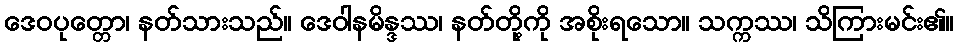
ဒေဝပုတ္တော၊ နတ်သားသည်။ ဒေဝါနမိန္ဒဿ၊ နတ်တို့ကို အစိုးရသော။ သက္ကဿ၊ သိကြားမင်း၏။